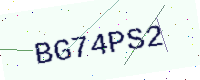
Text: BG74PS2